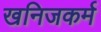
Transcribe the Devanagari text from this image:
खनिजकर्म